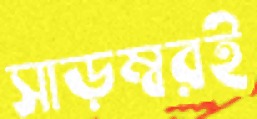
সাড়ম্বরই